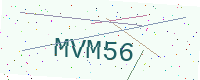
Text: MVM56